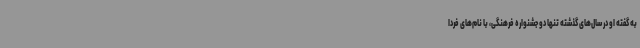
به گفته او در سال‌های گذشته تنها دو جشنواره فرهنگی، با نام‌های فردا